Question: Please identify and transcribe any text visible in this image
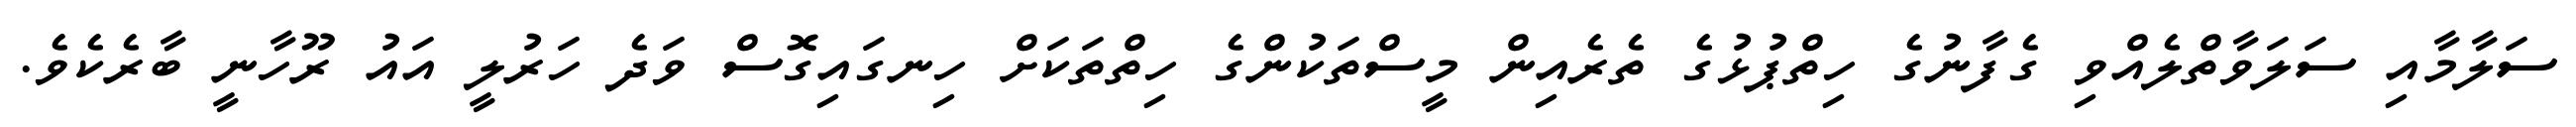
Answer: ސަލާމާއި ސަލަވާތްލެއްވި ގެފާނުގެ ހިތްޕުޅުގެ ތެރެއިން މީސްތަކުންގެ ހިތްތަކަށް ހިނގައިގޮސް ވަދެ ހަރުލީ އައު ރޫހާނީ ބާރެކެވެ.